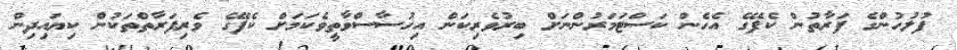
ފުލުހުންގެ ފަރާތުން ކެފޭގެ އެހެން ކަސްޓަމަރުންނަށް ބިރުވެރިކަން އިހުސާސްވާތީވެކަމަށް ކެފޭގެ ވެރިފަރާތްތަކުން ކިޔައިދިން